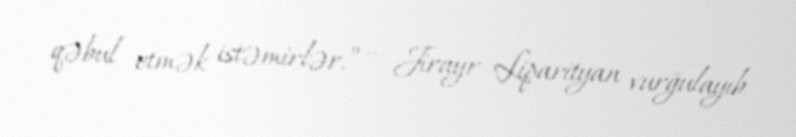
qəbul etmək istəmirlər.” — Jirayr Liparityan vurğulayıb.